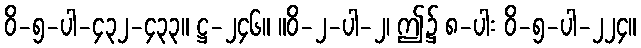
ဝိ-၅-ပါ-၄၃၂-၄၃၃။ ဋ္ဌ-၂၄၆။ ။ဝိ-၂-ပါ-၂၊ ဤ၌ ၈-ပါး ဝိ-၅-ပါ-၂၂၄။